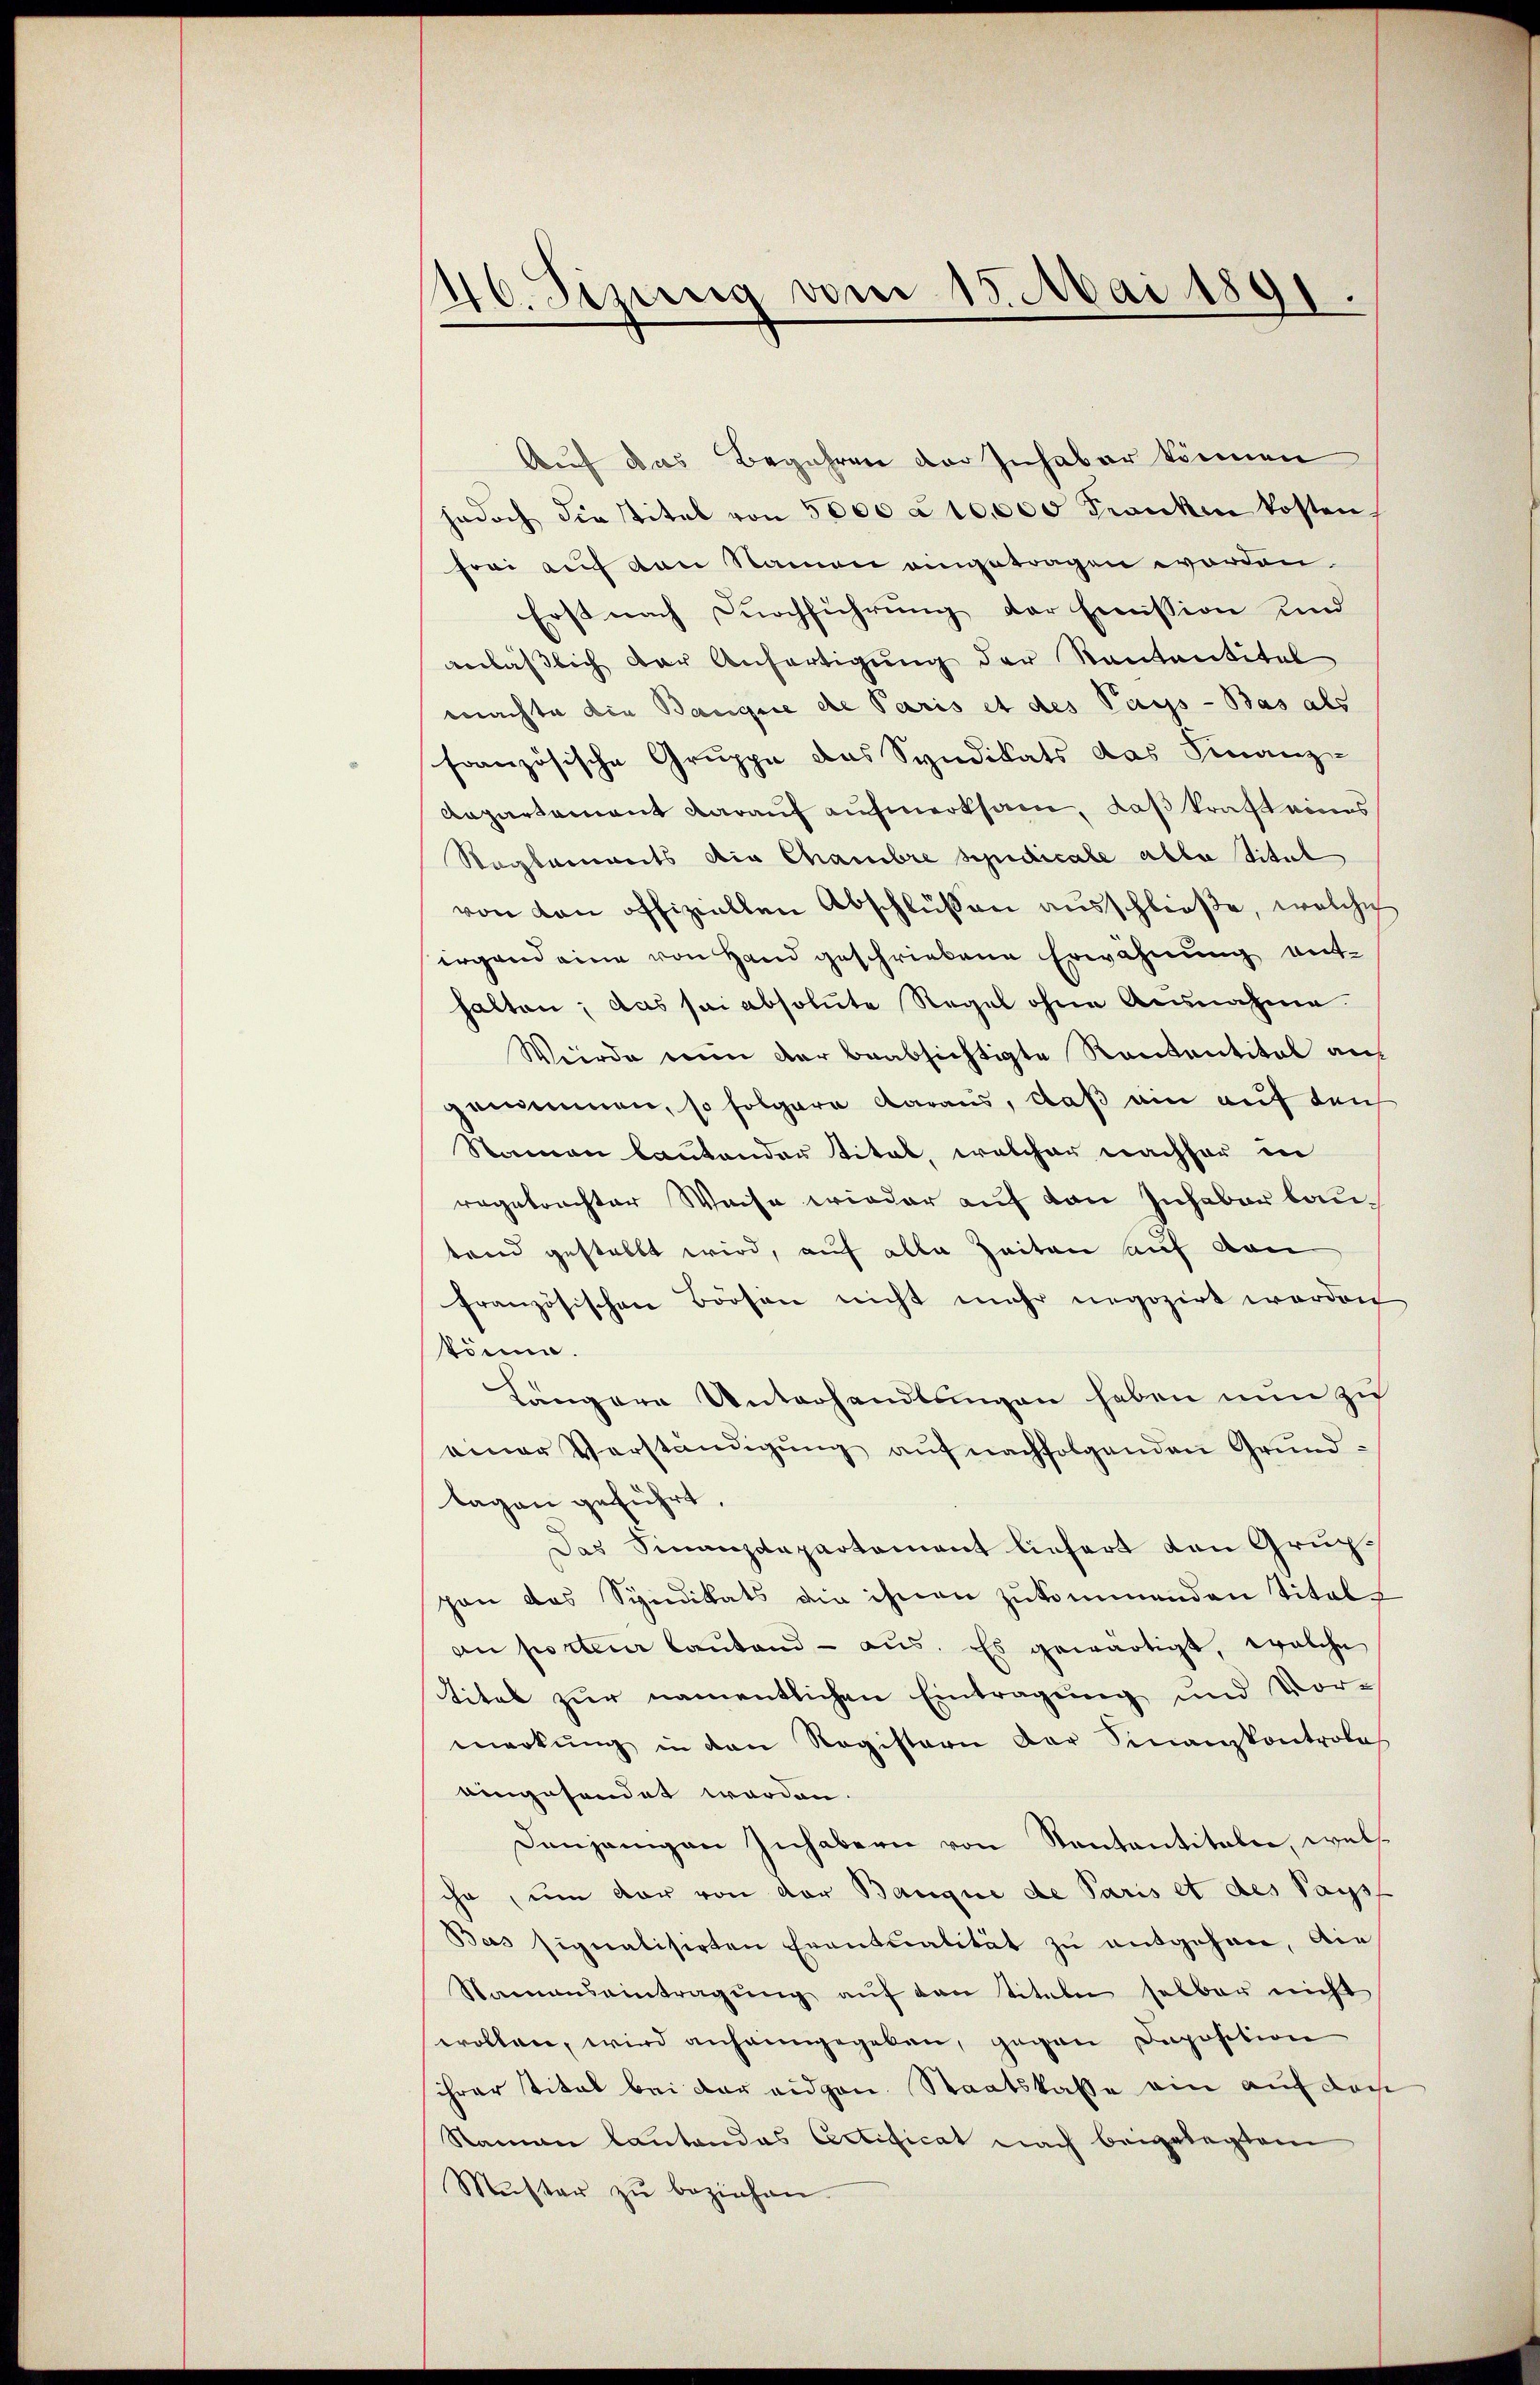
46. Sizung vom 15. Mai 1891.

Auf das Begehren der Inhaber können
jedoch die stitel von 5000 à 100000 Franken kosten
frei auf den Namen angetragen worden.
Erst nach Durchführung der Emission und
anlässlich der Anfertigung der Kantantitel
machte die Bauge die Paris et des Pays - Bas als
französische Gruppe des Syndikats das Finanz-
Aepartement darauf aufmerksam, daß kraft eines
Reglements die Chambre spedicale alle Titul
von von offiziellen Abschlüssen ausschließe, welche
irgend eine von Hand geschriebene Erwähnung enthalten; das sei absolute Regel ohne Ausnahme
Werde ein der beabsichtigte Rententital auf
genommen, so folgere daraus, daß ein auf den
Namen lautender Titel, welcher nachher in
vegetrachter Weise wieder auf von Inhaber bautand gestellt wird, auf alle Zeiten auf von
französischen Boosen nicht mehr negozirt werden
töne.
Längere Unterhandlungen haben nun zu
einer Verständigŭng aŭf nachfolgenden Grund-
tagen geführt,
Das Finanzdepartement liefert den Gruppen das Syndikats die ihnen zukommenden Titel-
an porteur lautend - aus. Es gewärtigt, welche
Titel zur namentlichen Eintragung und Vormerkŭng in den Registern der Sinanzkontrole
eingesendet werden.
Denjenigen Inhabern von Kantantitaler, wels
ihr, um dar von der Banque de Paris et des Pays
Bas signalisirten Eventualität zŭ entgehen, die
Namenseintragŭng aŭf von titeln selber nicht
wollen, wird anheimgegeben, gegen Deposition
ihrer Titel bei der eidgen. Staatskasse ein auf den
Namen lautendas Certificat nach beigelegtem
Mŭster zŭ beziehen.